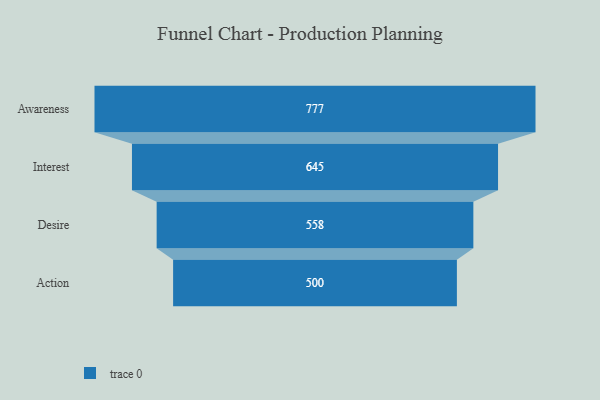
{"axis": {"x": "Stage", "y": "Value"}, "legend": [""], "data": [{"x": "Awareness", "y": 777.0, "type": ""}, {"x": "Interest", "y": 645.0, "type": ""}, {"x": "Desire", "y": 558.0, "type": ""}, {"x": "Action", "y": 500, "type": ""}]}